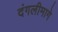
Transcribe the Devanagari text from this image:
दंगलीमागे